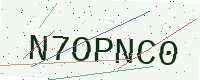
Text: N7OPNC0